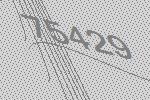
75429